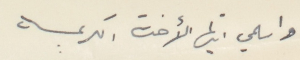
واسلمي ايتها الأخت الكريمه